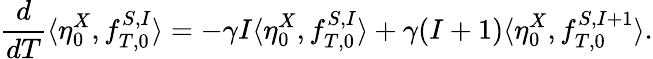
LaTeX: \frac{d}{dT}\langle\eta_{0}^{X},f_{T,0}^{S,I}\rangle=-\gamma I\langle\eta_{0}^{X},f_{T,0}^{S,I}\rangle+\gamma(I+1)\langle\eta_{0}^{X},f_{T,0}^{S,I+1}\rangle.